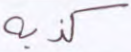
كذبه